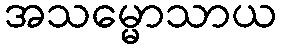
အသမ္မောသာယ